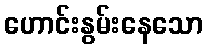
ဟောင်းနွမ်းနေသော